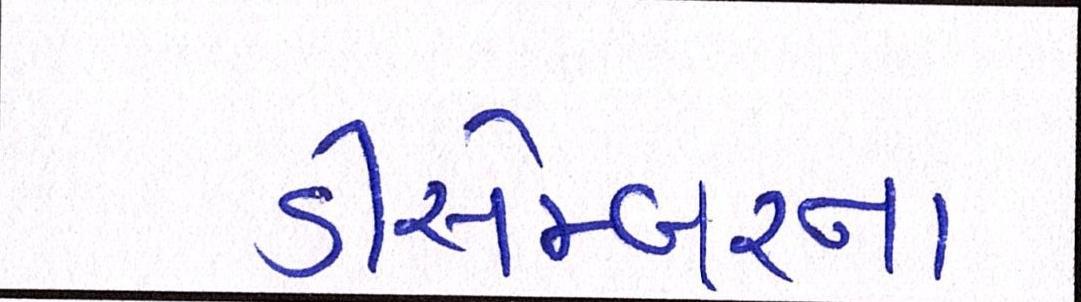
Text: ડીસેમ્બરના